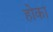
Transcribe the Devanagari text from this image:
होका